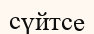
сүйтсе